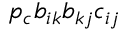
p _ { c } b _ { i k } b _ { k j } c _ { i j }